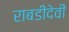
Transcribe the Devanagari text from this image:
राबडीदेवी